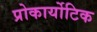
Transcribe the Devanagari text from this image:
प्रोकार्योटिक